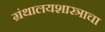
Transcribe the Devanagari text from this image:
ग्रंथालयशास्त्राचा